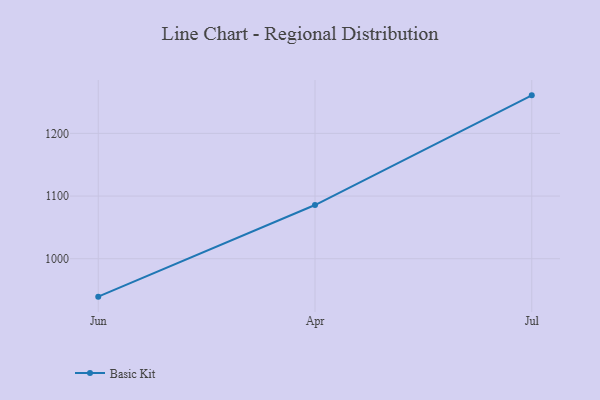
{"axis": {"x": "Month", "y": "Conversion Rate (%)"}, "legend": ["Basic Kit"], "data": [{"x": "Jun", "y": 939.5, "type": "Basic Kit"}, {"x": "Apr", "y": 1085.7, "type": "Basic Kit"}, {"x": "Jul", "y": 1260.7, "type": "Basic Kit"}]}